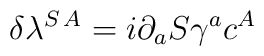
\delta \lambda^{S\, A}=i\partial_a S \gamma^a c^A